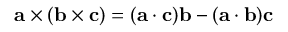
\mathbf { a } \times ( \mathbf { b } \times \mathbf { c } ) = ( \mathbf { a } \cdot \mathbf { c } ) \mathbf { b } - ( \mathbf { a } \cdot \mathbf { b } ) \mathbf { c }